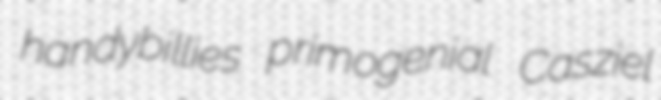
handybillies primogenial Casziel